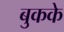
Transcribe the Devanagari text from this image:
बुकके